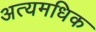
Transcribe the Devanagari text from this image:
अत्यमधिक